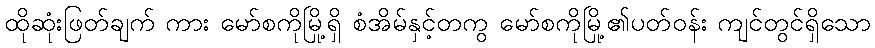
ထိုဆုံးဖြတ်ချက် ကား မော်စကိုမြို့ရှိ စံအိမ်နှင့်တကွ မော်စကိုမြို့၏ပတ်ဝန်း ကျင်တွင်ရှိသော